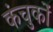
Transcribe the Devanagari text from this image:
कंचुकों